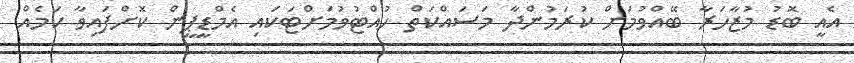
އެއީ ބޮޑު މުޒާހަރާ ބޭއްވުމަށް ކުރަމުންދާ މަސައްކަތް ހުއްޓުވުމަށްޓަކައި އެމްޑީޕީން ކޮށްފައިވާ ކަމެއް